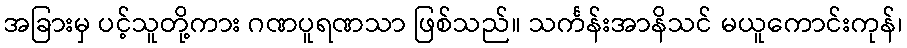
အခြားမှ ပင့်သူတို့ကား ဂဏပူရဏသာ ဖြစ်သည်။ သင်္ကန်းအာနိသင် မယူကောင်းကုန်၊